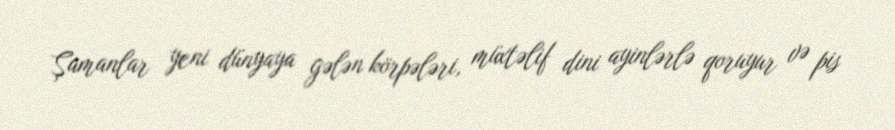
Şamanlar yeni dünyaya gələn körpələri, müxtəlif dini ayinlərlə qoruyur və pis